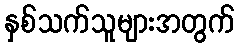
နှစ်သက်သူများအတွက်